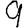
Digit: 9